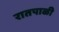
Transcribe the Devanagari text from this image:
रातपाळी